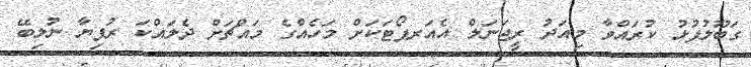
ގަބޫލުފުޅު ކުރައްވާ މިއަދު ރީޖަނަލް އެއަރޕޯޓަކަށް މަހެއްގެ މައްޗަށް ދެލައްކަ ރުފިޔާ ނުލިބޭ